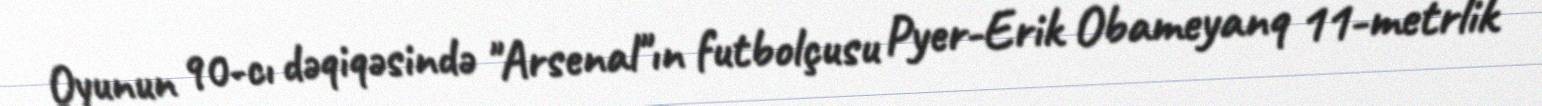
Oyunun 90-cı dəqiqəsində "Arsenal"ın futbolçusu Pyer-Erik Obameyanq 11-metrlik